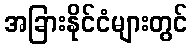
အခြားနိုင်ငံများတွင်